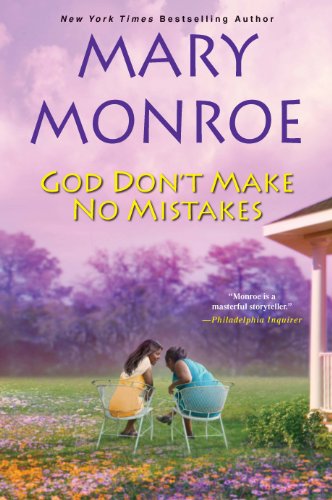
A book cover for God Don't Make No Mistakes; Mary Monroe; Romance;